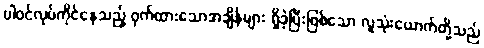
ပါဝင်လုပ်ကိုင်နေသည့် ဝှက်ထားသောအချိန်များ ရှိခဲ့ပြီးဖြစ်သော လူသုံးယောက်တို့သည်